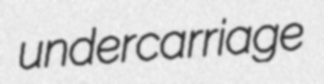
undercarriage